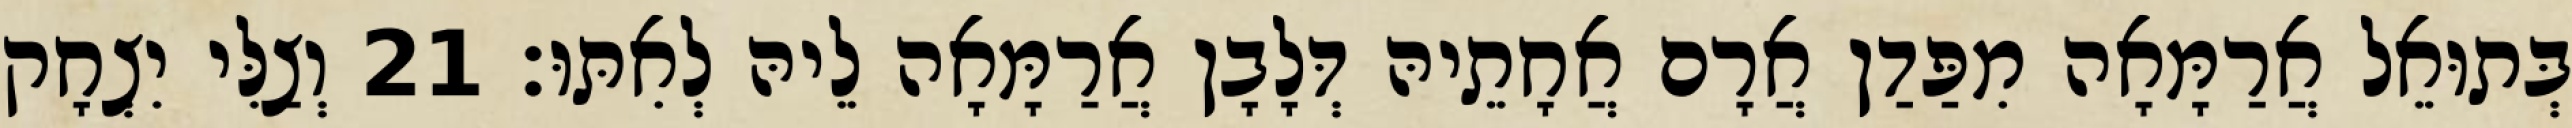
בְּתוּאֵל אֲרַמָּאָה מִפַּדַן אֲרָם אֲחָתֵיהּ דְּלָבָן אֲרַמָּאָה לֵיהּ לְאִתּוּ׃ 21 וְצַלִּי יִצְחָק